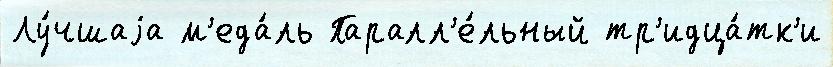
Лу́чшаjа м'еда́ль Паралл'е́льный тр'идца́тк'и